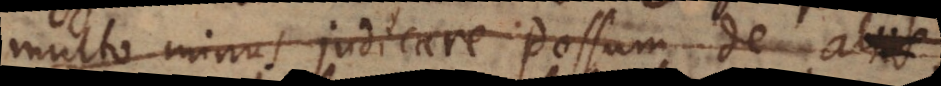
multo minus judicare possum de aliis;